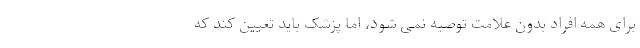
برای همه افراد بدون علامت توصیه نمی شود، اما پزشک باید تعیین کند که